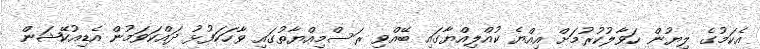
އެކަމުގެ ލިޔުން ހަވާލުކުރުމަށް އިއްޔެ ކުއްލިއްޔާގައި ބޭއްވި ރަސްމިއްޔާތުގައި ވާހަކަފުޅު ދައްކަވަމުން އެޑިއުކޭޝަން